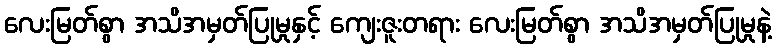
လေးမြတ်စွာ အသိအမှတ်ပြုမှုနှင့် ကျေးဇူးတရား လေးမြတ်စွာ အသိအမှတ်ပြုမှုနဲ့